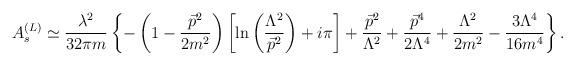
LaTeX: \begin{align*}A_s^{(L)} \simeq\frac{\lambda ^2}{32\pi m}\left\{ -\left( 1-\frac{\vec p^2}{2m^2}\right) \left[ \ln \left( \frac{\Lambda ^2}{\vec p^2}\right) +i\pi \right] +\frac{\vec p^2}{\Lambda ^2} +\frac{\vec p^4}{2\Lambda ^4}+\frac{\Lambda ^2}{2m^2}-\frac{3\Lambda ^4}{16m^4}\right\} . \end{align*}